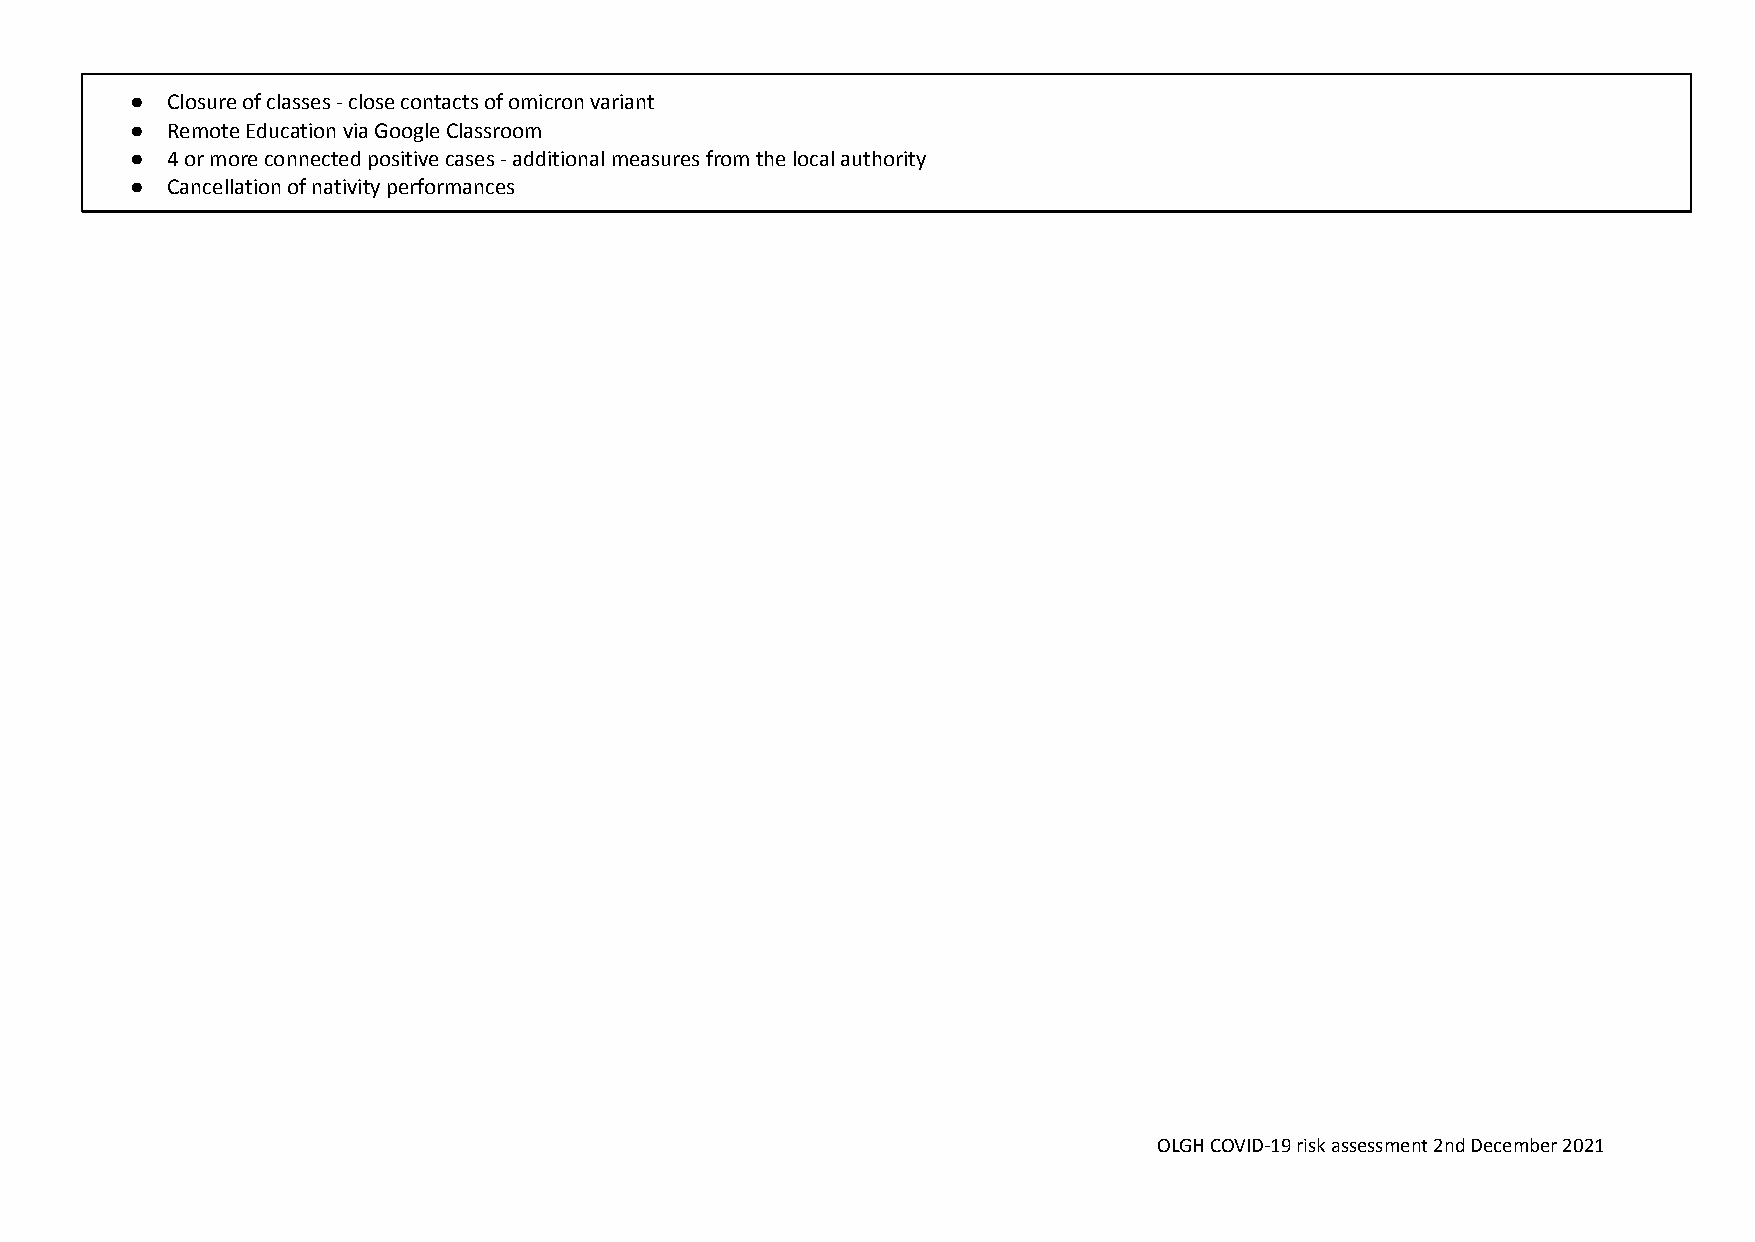
● Closure of classes - close contacts of omicron variant
 ● Remote Education via Google Classroom
 ● 4 or more connected positive cases - additional measures from the local authority
 ● Cancellation of nativity performances
 OLGH COVID-19 risk assessment 2nd December 2021